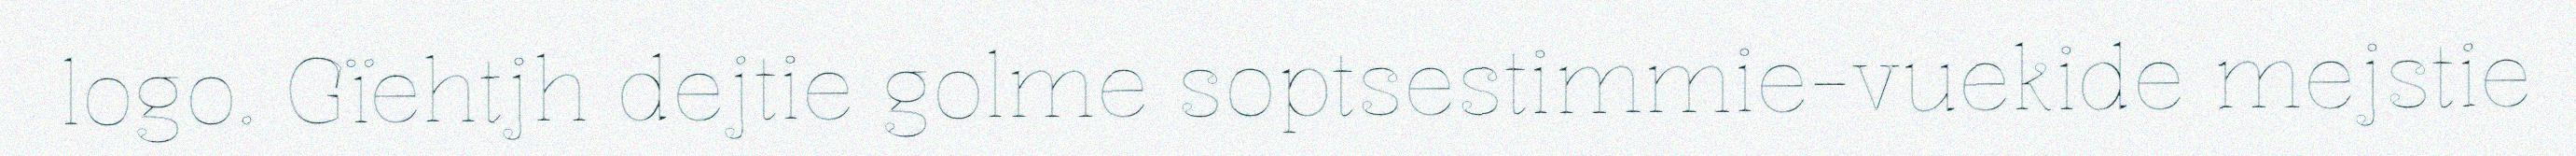
logo. Gïehtjh dejtie golme soptsestimmie-vuekide mejstie